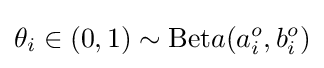
\theta _{i}\in (0,1)\sim \mathrm {Bet} a(a_{i}^{o},b_{i}^{o})